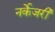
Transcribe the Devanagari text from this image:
नर्केजरी